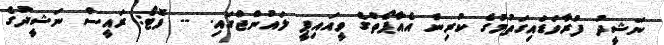
ނަޝީދު ފުރާވަޑައިގަތުމުގެ ކުރިން އެއާޕޯތްގެ ވީއައިޕީ ލައުންޖްގައި. -- ފޮޓޯ: ރައީސް ނަޝީދުގެ